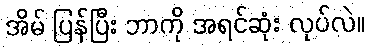
အိမ် ပြန်ပြီး ဘာကို အရင်ဆုံး လုပ်လဲ။